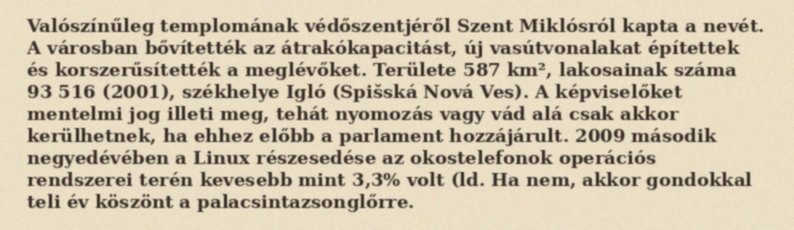
Valószínűleg templomának védőszentjéről Szent Miklósról kapta a nevét. A városban bővítették az átrakókapacitást, új vasútvonalakat építettek és korszerűsítették a meglévőket. Területe 587 km², lakosainak száma 93 516 (2001), székhelye Igló (Spišská Nová Ves). A képviselőket mentelmi jog illeti meg, tehát nyomozás vagy vád alá csak akkor kerülhetnek, ha ehhez előbb a parlament hozzájárult. 2009 második negyedévében a Linux részesedése az okostelefonok operációs rendszerei terén kevesebb mint 3,3% volt (ld. Ha nem, akkor gondokkal teli év köszönt a palacsintazsonglőrre.